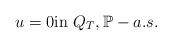
LaTeX: \begin{align*}u=0 {\rm in}\ Q_T,\mathbb P-a.s.\end{align*}